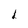
Character: I